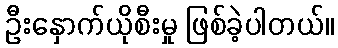
ဦးနှောက်ယိုစီးမှု ဖြစ်ခဲ့ပါတယ်။